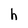
Character: h